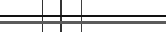
٥٠